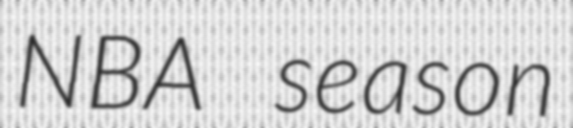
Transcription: NBA season